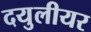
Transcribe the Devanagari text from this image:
दयुलीयर